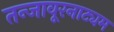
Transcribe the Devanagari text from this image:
तन्‍जावूरनाट्यम